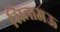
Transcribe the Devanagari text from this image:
सितामऊ